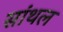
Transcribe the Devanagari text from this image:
सांथल